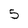
Character: 5